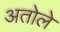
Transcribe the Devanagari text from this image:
अतोले